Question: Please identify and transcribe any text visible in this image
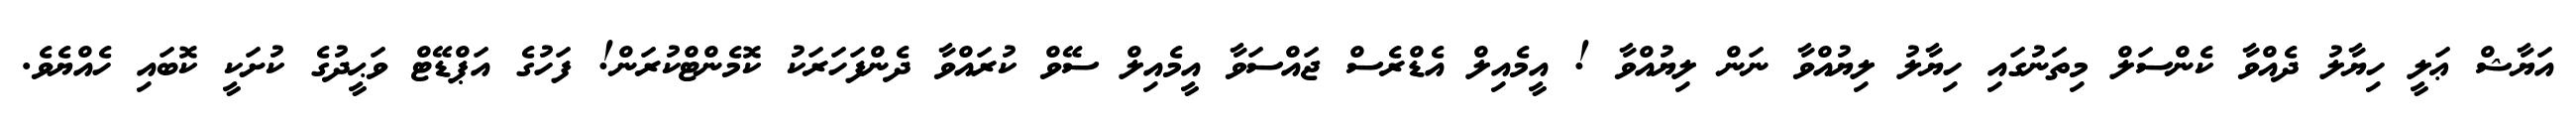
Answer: އަޔާޝް ޢަލީ ހިޔާލު ދެއްވާ ކެންސަލް މިތަނުގައި ހިޔާލު ލިޔުއްވާ ނަން ލިޔުއްވާ ! އީމެއިލް އެޑްރެސް ޖައްސަވާ އީމެއިލް ސޭވް ކުރައްވާ ދެންފަހަރަކު ކޮމެންޓްކުރަން! ފަހުގެ އަޕްޑޭޓް ވަޙީދުގެ ކުށަކީ ކޮބައި ހެއްޔެވެ.